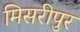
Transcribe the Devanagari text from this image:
मिसरीपुर